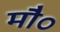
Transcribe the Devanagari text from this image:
मौ०